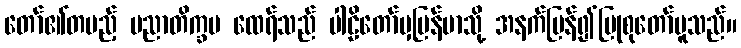
တော်၏တပည့် ပညာတိက္ခမ ထေရ်သည် ပါဠိတော်မှမြန်မာသို့ အနက်ပြန်၍ပြုစုတော်မူသည်။